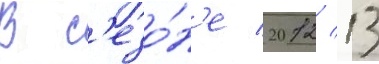
В с'езо́н'е 2012/ 13